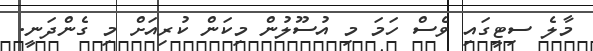
މާލެ ސިޓީގައި ވެސް ހަމަ މި އުސޫލުން މިކަން ކުރިއަށް މި ގެންދަނީ.